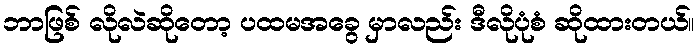
ဘာဖြစ် လိုလဲဆိုတော့ ပထမအခွေ မှာလည်း ဒီလိုပုံစံ ဆိုထားတယ်။